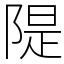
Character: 隄